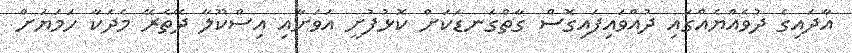
އާދައިގެ ދުވެއްޔެއްގައި ދުއްވައިފައިގޮސް ގާތްގަނޑަކަށް ކޮޅުފުށީ އަވަށާއި އިސްކޫލާ ދޭތެރޭ މެދަކާ ހަމަޔަށް